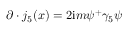
\partial \cdot j _ { 5 } ( x ) = 2 \mathrm { i } m \psi ^ { + } \gamma _ { 5 } \psi